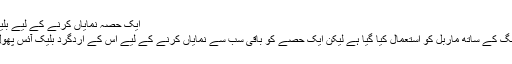
ایک حصہ نمایاں کرنے کے لیے بلیک آئس پھول ماربل کا استعمال
اس پورے باتھ روم میں سفید رنگ کے ساتھ ماربل کو استعمال کیا گیا ہے لیکن ایک حصے کو باقی سب سے نمایاں کرنے کے لیے اس کے اردگرد بلیک آئس پھول ماربل کا استعمال کیا گیا ہے۔